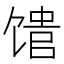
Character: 𬳈